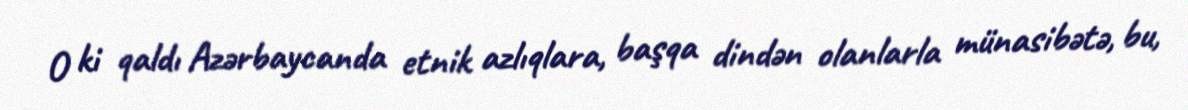
O ki qaldı Azərbaycanda etnik azlıqlara, başqa dindən olanlarla münasibətə, bu,